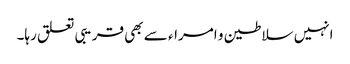
انہیں سلاطین و امراء سے بھی قریبی تعلق رہا۔